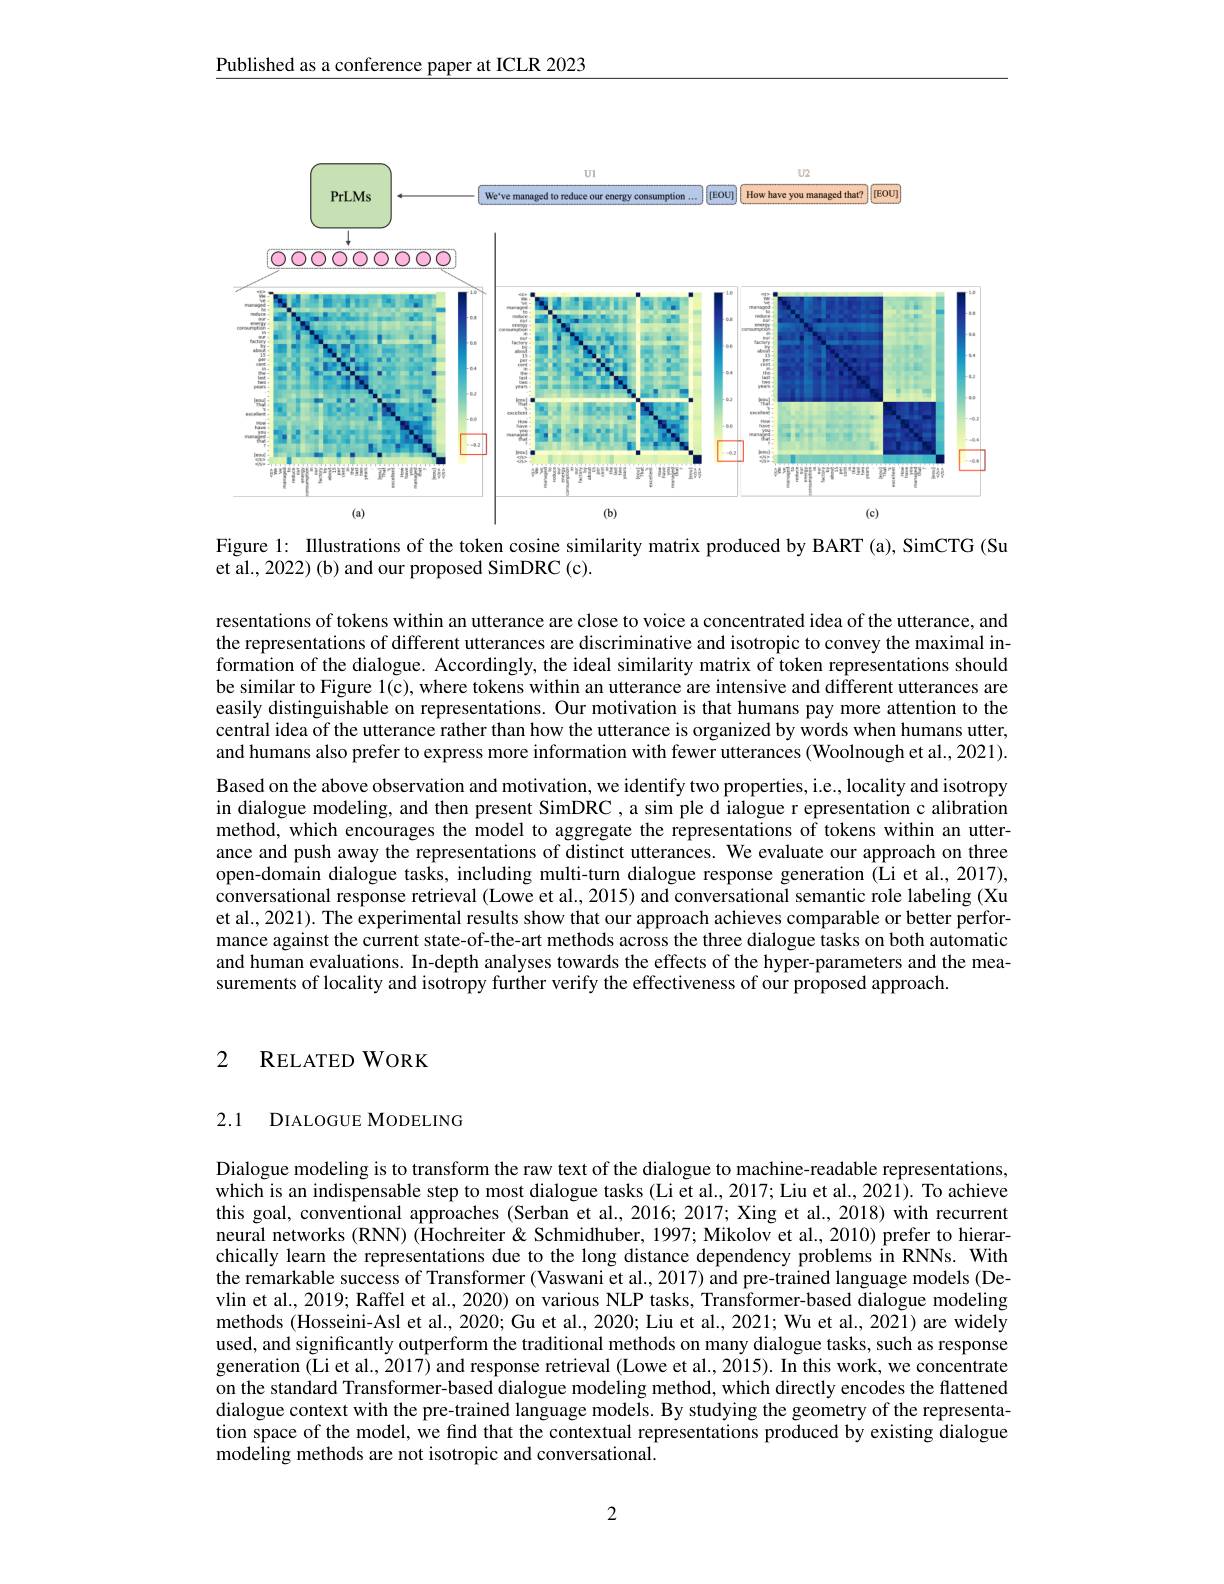
Published as a conference paper at ICLR 2023

<FigureHere>
Figure l: Illustrations of the token cosine similarity matrix produced by BART (a), SimCTG (Su

et al., 2022) (b) and our proposed SimDRC (c).

resentations of tokens within an utterance are close to voice a concentrated idea of the utterance, and the representations of different utterances are discriminative and isotropic to convey the maximal information of the dialogue. Accordingly, the ideal similarity matrix of token representations should be similar to Figure l(c), where tokens within an utterance are intensive and different utterances are easily distinguishable on representations. Our motivation is that humans pay more attention to the central idea of the utterance rather than how the utterance is organized by words when humans utter, and humans also prefer to express more information with fewer utterances (Woolnough et al., 2021). Based on the above observation and motivation, we identify two properties, i.e., locality and isotropy in dialogue modeling, and then present SimDRC, a sim ple d ialogue r epresentation c alibration method, which encourages the model to aggregate the representations of tokens within an utterance and push away the representations of distinct utterances. We evaluate our approach on three open-domain dialogue tasks, including multi-turn dialogue response generation (Li et al., 2017), conversational response retrieval (Lowe et al., 2015) and conversational semantic role labeling (Xu et al., 2021). The experimental results show that our approach achieves comparable or better performance against the current state-of-the-art methods across the three dialogue tasks on both automatic and human evaluations. In-depth analyses towards the effects of the hyper-parameters and the measurements of locality and isotropy further verify the effectiveness of our proposed approach.

# 2 RELATED WORK

## 2.1 DIALOGUE MODELING

Dialogue modeling is to transform the raw text of the dialogue to machine-readable representations, which is an indispensable step to most dialogue tasks (Li et al., 2017; Liu et al., 2021). To achieve this goal, conventional approaches (Serban et al., 2016; 2017; Xing et al., 2018) with recurrent neural networks (RNN) (Hochreiter & Schmidhuber, 1997; Mikolov et al., 2010) prefer to hierarchically learn the representations due to the long distance dependency problems in RNNs. With the remarkable success of Transformer (Vaswani et al., 2017) and pre-trained language models (Devlin et al., 2019; Raffel et al., 2020) on various NLP tasks, Transformer-based dialogue modeling methods (Hosseini-Asl et al., 2020; Gu et al., 2020; Liu et al., 2021; Wu et al., 2021) are widely used, and significantly outperform the traditional methods on many dialogue tasks, such as response generation (Li et al., 2017) and response retrieval (Lowe et al., 2015). In this work, we concentrate on the standard Transformer-based dialogue modeling method, which directly encodes the flattened dialogue context with the pre-trained language models. By studying the geometry of the representation space of the model, we find that the contextual representations produced by existing dialogue modeling methods are not isotropic and conversational.

2